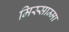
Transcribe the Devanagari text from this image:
मिस्साम्मा